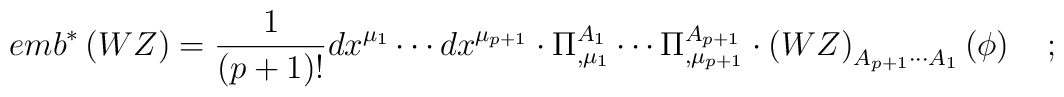
emb^{*}\left( WZ\right) =\frac 1{\left( p+1\right) !}dx^{\mu_1}\cdots dx^{\mu _{p+1}}\cdot \Pi _{,\mu _1}^{A_1}\cdots \Pi _{,\mu_{p+1}}^{A_{p+1}}\cdot \left( WZ\right) _{A_{p+1}\cdots A_1}\left( \phi\right) \quad ;